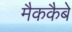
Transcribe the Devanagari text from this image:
मैककैबे